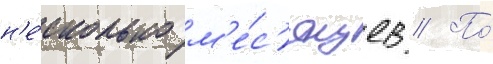
н'е́сколько м'е́с'яцев // По́